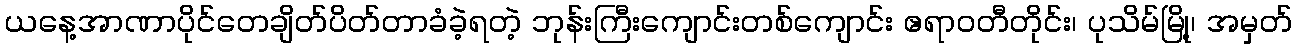
ယနေ့အာဏာပိုင်တေချိတ်ပိတ်တာခံခဲ့ရတဲ့ ဘုန်းကြီးကျောင်းတစ်ကျောင်း ဧရာဝတီတိုင်း၊ ပုသိမ်မြို့၊ အမှတ်